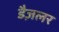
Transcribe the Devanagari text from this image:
डैज़लर